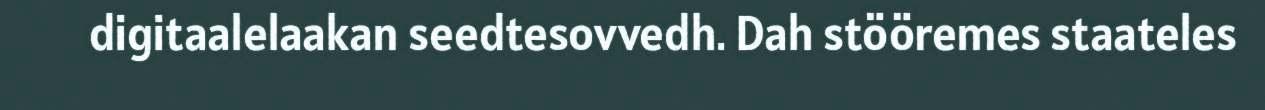
digitaalelaakan seedtesovvedh. Dah stööremes staateles